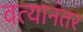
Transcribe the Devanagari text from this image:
वत्यानंतर